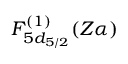
F _ { 5 d _ { 5 / 2 } } ^ { ( 1 ) } ( Z \alpha )